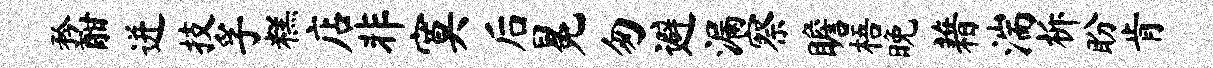
矜酣迸技孚糕店非寞后冕匆避漏察瞻梧晚藉湍柝盼肯